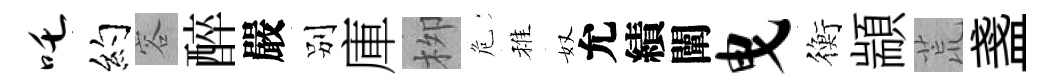
吒约容醉嚴别庫栁危稚奴允績闡曳衡顓荒盞